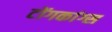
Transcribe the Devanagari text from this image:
टोंगकांग्स